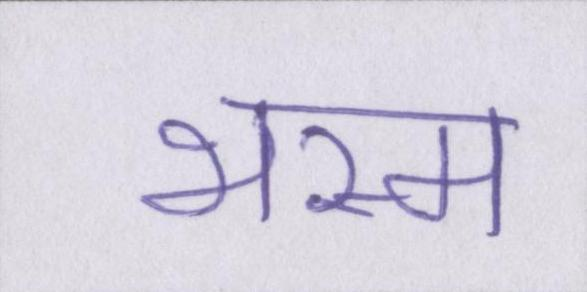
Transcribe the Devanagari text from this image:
भस्म